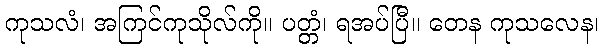
ကုသလံ၊ အကြင်ကုသိုလ်ကို။ ပတ္တံ၊ ရအပ်ပြီ။ တေန ကုသလေန၊